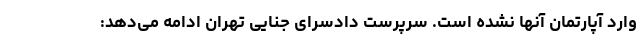
وارد آپارتمان آنها نشده است. سرپرست دادسرای جنایی تهران ادامه می‌دهد: